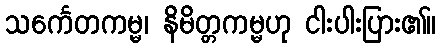
သင်္ကေတကမ္မ၊ နိမိတ္တကမ္မဟု ငါးပါးပြား၏။